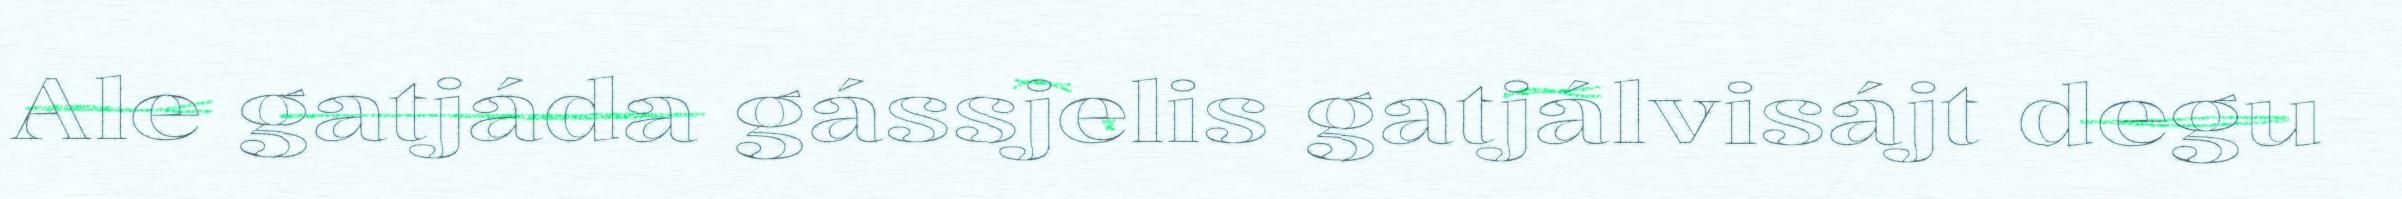
Ale gatjáda gássjelis gatjálvisájt degu